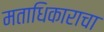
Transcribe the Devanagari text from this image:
मताधिकाराचा